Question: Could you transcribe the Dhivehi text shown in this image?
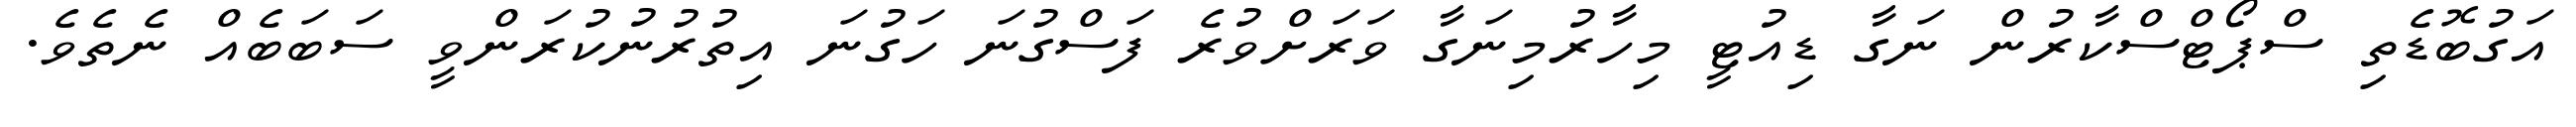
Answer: އަގުބޮޑެތި ސްޕޯޓްސްކާރުން ނަގާ ޑިއުޓީ މިހާރުމިނަގާ ވަރަށްވުރެ ފަސްގުނަ ހަގުނަ އިތުރުނުކުރަންވީ ސަބަބެއް ނެތެވެ.